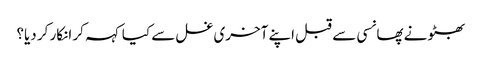
بھٹو نے پھانسی سے قبل اپنے آخری غسل سے کیا کہہ کر انکار کر دیا؟